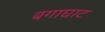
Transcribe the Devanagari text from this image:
बगाघाट